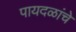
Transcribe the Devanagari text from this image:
पायदळांचे